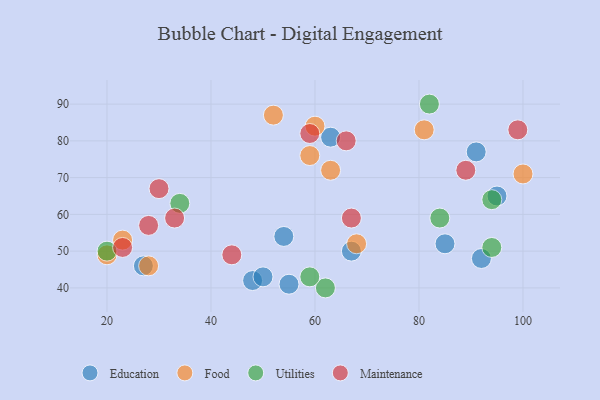
{"axis": {"x": "GDP", "y": "Life Expectancy"}, "legend": ["Education", "Food", "Maintenance", "Utilities"], "data": [{"x": "48", "y": 42, "type": "Education"}, {"x": "27", "y": 46, "type": "Education"}, {"x": "95", "y": 65, "type": "Education"}, {"x": "55", "y": 41, "type": "Education"}, {"x": "85", "y": 52, "type": "Education"}, {"x": "91", "y": 77, "type": "Education"}, {"x": "67", "y": 50, "type": "Education"}, {"x": "63", "y": 81, "type": "Education"}, {"x": "92", "y": 48, "type": "Education"}, {"x": "50", "y": 43, "type": "Education"}, {"x": "54", "y": 54, "type": "Education"}, {"x": "23", "y": 53, "type": "Food"}, {"x": "59", "y": 76, "type": "Food"}, {"x": "60", "y": 84, "type": "Food"}, {"x": "100", "y": 71, "type": "Food"}, {"x": "68", "y": 52, "type": "Food"}, {"x": "63", "y": 72, "type": "Food"}, {"x": "81", "y": 83, "type": "Food"}, {"x": "20", "y": 49, "type": "Food"}, {"x": "28", "y": 46, "type": "Food"}, {"x": "52", "y": 87, "type": "Food"}, {"x": "62", "y": 40, "type": "Utilities"}, {"x": "20", "y": 50, "type": "Utilities"}, {"x": "94", "y": 64, "type": "Utilities"}, {"x": "94", "y": 51, "type": "Utilities"}, {"x": "34", "y": 63, "type": "Utilities"}, {"x": "84", "y": 59, "type": "Utilities"}, {"x": "82", "y": 90, "type": "Utilities"}, {"x": "59", "y": 43, "type": "Utilities"}, {"x": "89", "y": 72, "type": "Maintenance"}, {"x": "66", "y": 80, "type": "Maintenance"}, {"x": "59", "y": 82, "type": "Maintenance"}, {"x": "44", "y": 49, "type": "Maintenance"}, {"x": "30", "y": 67, "type": "Maintenance"}, {"x": "99", "y": 83, "type": "Maintenance"}, {"x": "67", "y": 59, "type": "Maintenance"}, {"x": "28", "y": 57, "type": "Maintenance"}, {"x": "23", "y": 51, "type": "Maintenance"}, {"x": "33", "y": 59, "type": "Maintenance"}]}